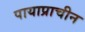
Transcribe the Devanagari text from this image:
पायाप्राचीन